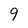
Character: 9